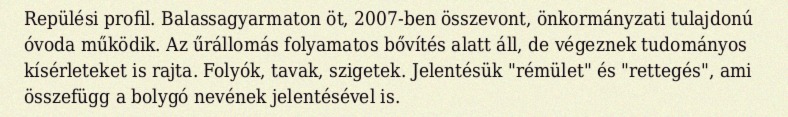
Repülési profil. Balassagyarmaton öt, 2007-ben összevont, önkormányzati tulajdonú óvoda működik. Az űrállomás folyamatos bővítés alatt áll, de végeznek tudományos kísérleteket is rajta. Folyók, tavak, szigetek. Jelentésük "rémület" és "rettegés", ami összefügg a bolygó nevének jelentésével is.